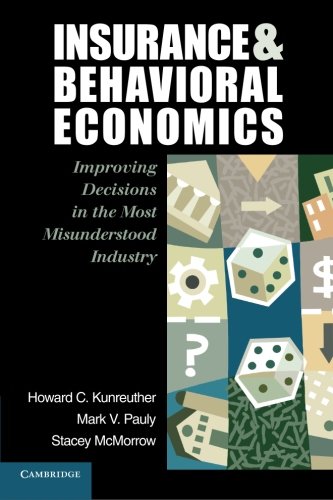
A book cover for Insurance and Behavioral Economics: Improving Decisions in the Most Misunderstood Industry; Professor Howard C. Kunreuther; Business & Money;